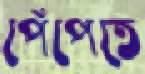
পেঁপেতে